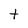
Character: t